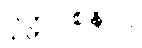
ဝုတ္တဝစနာပိ